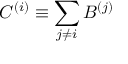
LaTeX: C ^ { ( i ) } \equiv \sum _ { j \neq i } B ^ { ( j ) }